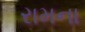
રામના